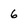
Character: 6